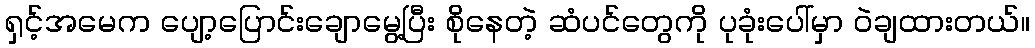
ရှင့်အမေက ပျော့ပြောင်းချောမွေ့ပြီး စိုနေတဲ့ ဆံပင်တွေကို ပုခုံးပေါ်မှာ ဝဲချထားတယ်။